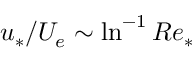
u _ { * } / U _ { e } \sim \ln ^ { - 1 } R e _ { * }